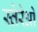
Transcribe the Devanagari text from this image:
स्तेरेओ